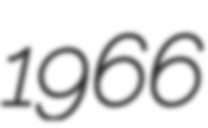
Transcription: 1966